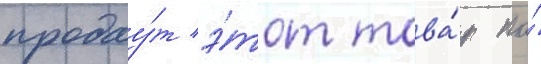
продау́т э́тот това́р по́